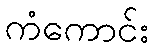
ကံကောင်း